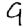
Digit: 9